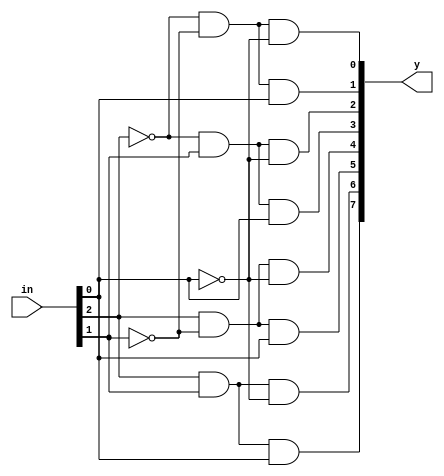
`timescale 1ns / 1ps

module decoder_3to8(in,y);
input [2:0] in;
output [7:0] y;

assign y[0] = (~in[2] & ~in[1] & ~in[0]);
assign y[1] = (~in[2] & ~in[1] & in[0]);
assign y[2] = (~in[2] & in[1] & ~in[0]);
assign y[3] = (~in[2] & in[1] & in[0]);
assign y[4] = (in[2] & ~in[1] & ~in[0]);
assign y[5] = (in[2] & ~in[1] & in[0]);
assign y[6] = (in[2] & in[1] & ~in[0]);
assign y[7] = (in[2] & in[1] & in[0]);

endmodule